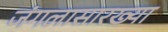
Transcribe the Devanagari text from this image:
जंगलासारख्या